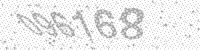
Solution: 096168